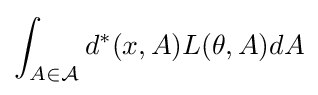
\int _{A\in {\mathcal {A}}}d^{*}(x,A)L(\theta ,A)dA